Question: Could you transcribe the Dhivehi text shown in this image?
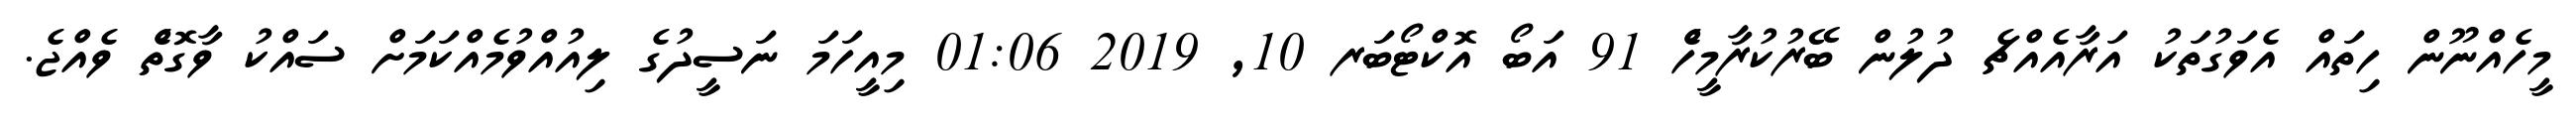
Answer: މީހެއްނޫން ހިތައް އެވަގުތަކު އަރާއެއްޗެ ދުލުން ބޭރުކުރާމީހެް 91 އަބޯ އޮކްޓޯބަރ 10, 2019 01:06 މިއީހަމަ ނަސީދުގެ ލިއުއްވުމެއްކަމަށް ސައްކު ވާގޮތެް ވެއްޖެ.